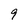
Character: 9